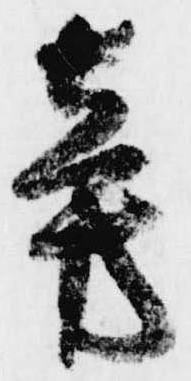
旁